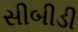
સીબીડી